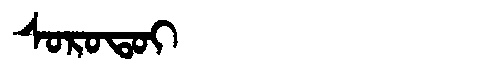
Manchu: ᠰᠣᡵᠣᡨᠣᡳ
Romanization: SOROTOI